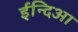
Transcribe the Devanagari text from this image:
ईन्दिआ